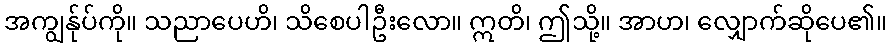
အကျွန်ုပ်ကို။ သညာပေဟိ၊ သိစေပါဦးလော။ ဣတိ၊ ဤသို့။ အာဟ၊ လျှောက်ဆိုပေ၏။